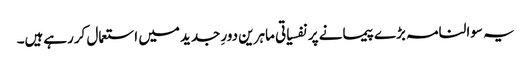
یہ سوالنامہ بڑے پیمانے پر نفسیاتی ماہرین دورِ جدیدمیں استعمال کررہےہیں۔